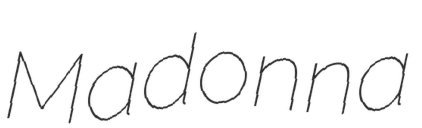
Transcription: Madonna